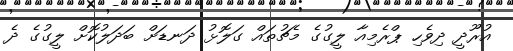
އުރޫދީ ދިވެހި ޕްރެމިއާ ލީގުގެ މެޗުތައް ގަލޮޅު ދަނޑަށް ބަދަލުކޮށް ލީގުގެ ދެ